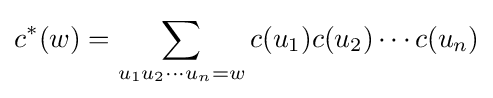
c^{*}(w)=\sum _{u_{1}u_{2}\cdots u_{n}=w}c(u_{1})c(u_{2})\cdots c(u_{n})